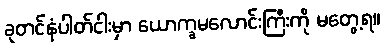
ခုတင်နံပါတ်ငါးမှာ ယောက္ခမလောင်းကြီးကို မတွေ့ရ။